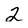
Character: 2